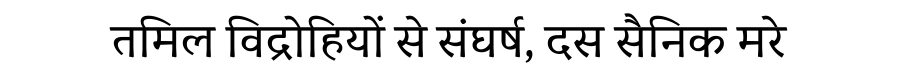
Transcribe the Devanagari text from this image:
तमिल विद्रोहियों से संघर्ष, दस सैनिक मरे